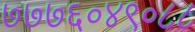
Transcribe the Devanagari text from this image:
७७७६०४९०८८